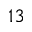
^ { 1 3 }